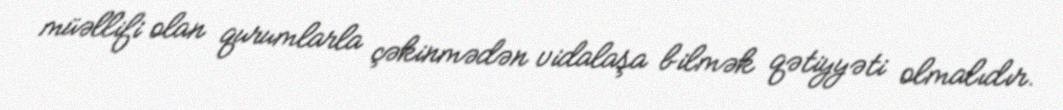
müəllifi olan qurumlarla çəkinmədən vidalaşa bilmək qətiyyəti olmalıdır.